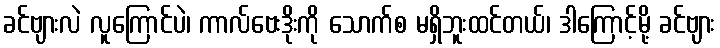
ခင်ဗျားလဲ လူကြောင်ပဲ၊ ကာလ်ဗေးဒိုးကို သောက်စ မရှိဘူးထင်တယ်၊ ဒါကြောင့်မို့ ခင်ဗျား